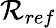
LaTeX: \mathcal{R}_{ref}